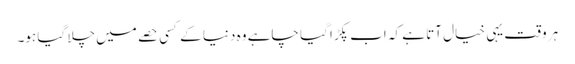
ہر وقت یہی خیال آتا ہے کہ اب پکڑا گیا چاہے وہ دنیا کے کسی حصے میں چلا گیا ہو۔